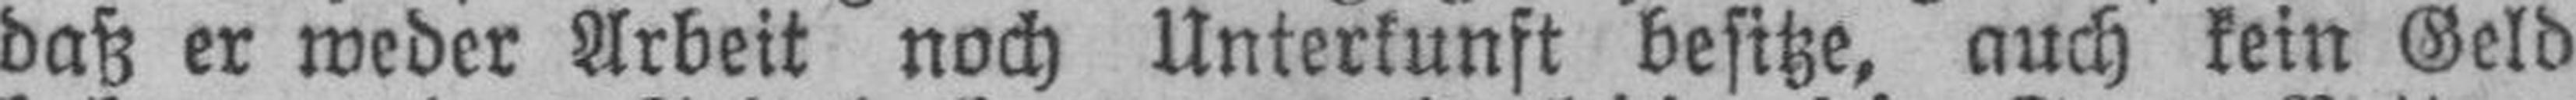
daß er weder Arbeit noch Unterkunft besitze, auch kein Geld